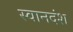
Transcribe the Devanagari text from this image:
स्वानदंश